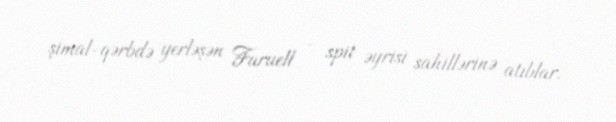
şimal-qərbdə yerləşən Faruell - spit əyrisi sahillərinə atıblar.